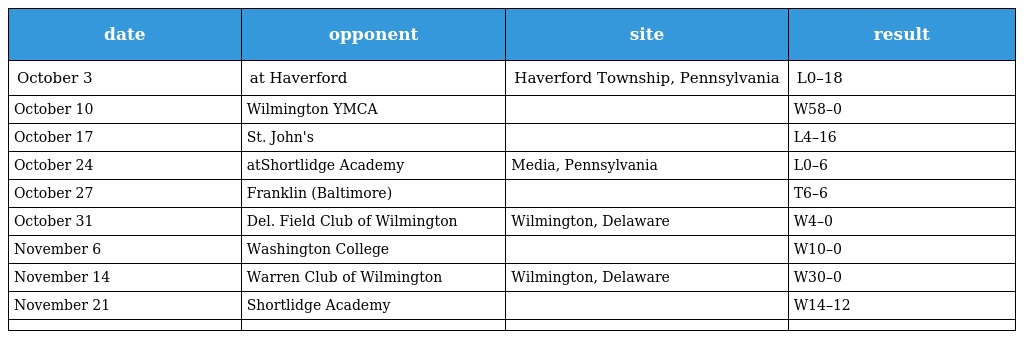
| date | opponent | site | result |
 | --- | --- | --- | --- |
 | October 3 | at Haverford | Haverford Township, Pennsylvania | L0–18 |
 | October 10 | Wilmington YMCA |  | W58–0 |
 | October 17 | St. John's |  | L4–16 |
 | October 24 | atShortlidge Academy | Media, Pennsylvania | L0–6 |
 | October 27 | Franklin (Baltimore) |  | T6–6 |
 | October 31 | Del. Field Club of Wilmington | Wilmington, Delaware | W4–0 |
 | November 6 | Washington College |  | W10–0 |
 | November 14 | Warren Club of Wilmington | Wilmington, Delaware | W30–0 |
 | November 21 | Shortlidge Academy |  | W14–12 |
 |  |  |  |  |